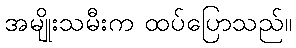
အမျိုးသမီးက ထပ်ပြောသည်။